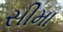
સીમા